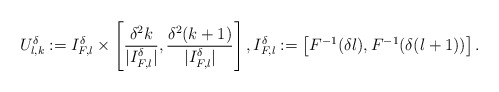
\begin{align*} U_{l,k}^{\delta}:= I_{F,l}^{\delta} \times \left[\frac{\delta^2 k}{|I_{F,l}^{\delta}|},\frac{\delta^2 (k+1)}{|I_{F,l}^{\delta}|}\right], I_{F,l}^{\delta}:= \left[F^{-1}(\delta l),F^{-1}(\delta (l+1))\right]. \end{align*}